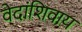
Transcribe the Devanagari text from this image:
वेदांशिवाय